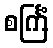
စင်္ကြံ